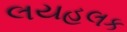
લયહલક